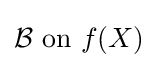
{\mathcal {B}}{\text{ on }}f(X)